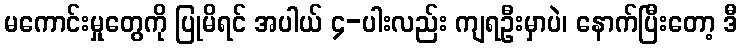
မကောင်းမှုတွေကို ပြုမိရင် အပါယ် ၄-ပါးလည်း ကျရဦးမှာပဲ၊ နောက်ပြီးတော့ ဒီ